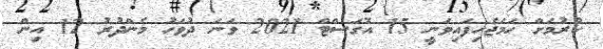
ކުރުމަށް ހަމަޖެހިފައިވަނީ 15 އޮގަސްޓް 2021 ވަނަ ދުވަހު މެންދުރު 12 އިން